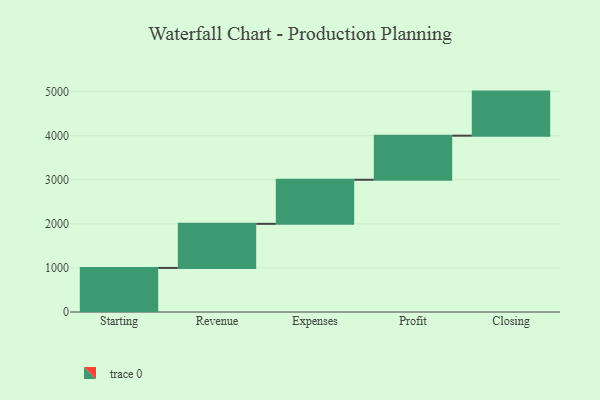
{"axis": {"x": "Step", "y": "Value"}, "legend": [""], "data": [{"x": "Starting", "y": 1000, "type": ""}, {"x": "Revenue", "y": 1000, "type": ""}, {"x": "Expenses", "y": 1000, "type": ""}, {"x": "Profit", "y": 1000, "type": ""}, {"x": "Closing", "y": 1000, "type": ""}]}